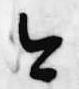
今